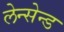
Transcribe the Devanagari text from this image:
लेन्सेन्ड